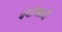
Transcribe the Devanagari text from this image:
पंचांगकर्ते